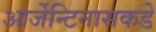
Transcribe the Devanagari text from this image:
आर्जेन्टिनासकडे